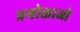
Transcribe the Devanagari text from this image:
प्रयोक्ताओ